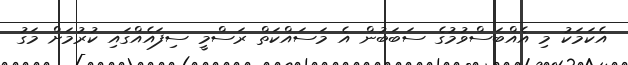
އެކަމަކު މި އެއްބަސްވުމުގެ ސަބަބުން އެ މަސައްކަތް ރަސްމީ ސިފައެއްގައި ކުރުމަށް މަގު